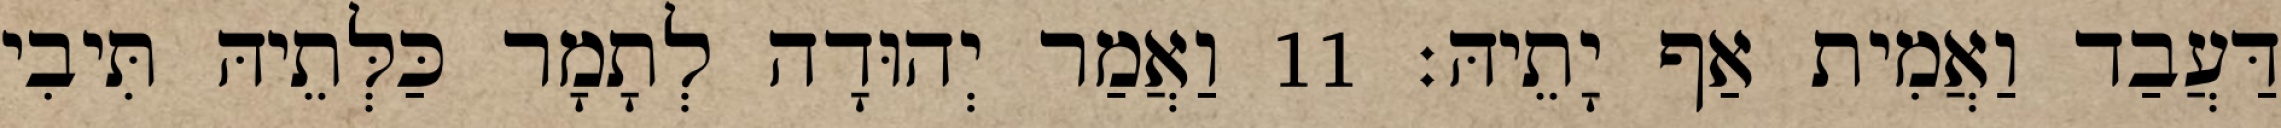
דַּעֲבַד וַאֲמִית אַף יָתֵיהּ׃ 11 וַאֲמַר יְהוּדָה לְתָמָר כַּלְּתֵיהּ תִּיבִי